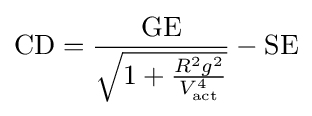
\mathrm {CD} ={\frac {\mathrm {GE} }{\sqrt {1+{\frac {R^{2}g^{2}}{V_{\text{act}}^{4}}}}}}-\mathrm {SE}